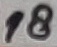
Text: 18